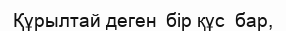
Құрылтай деген  бір құс  бар,